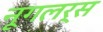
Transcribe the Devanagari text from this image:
नूगलर्स